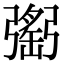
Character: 𢐥